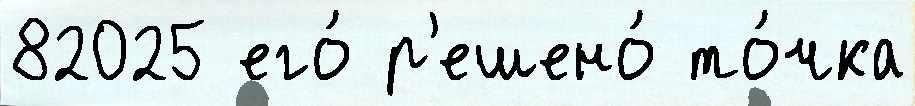
82025 его́ р'ешено́ то́чка